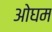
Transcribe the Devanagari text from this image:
ओघम